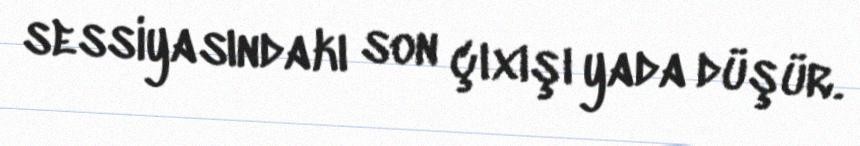
sessiyasındakı son çıxışı yada düşür.